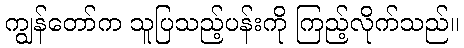
ကျွန်တော်က သူပြသည့်ပန်းကို ကြည့်လိုက်သည်။